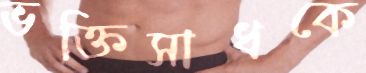
ভক্তিসাধকে